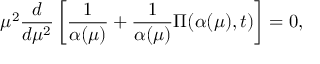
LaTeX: \mu ^ { 2 } \frac { d } { d \mu ^ { 2 } } \left[ \frac { 1 } { \alpha ( \mu ) } + \frac { 1 } { \alpha ( \mu ) } \Pi ( \alpha ( \mu ) , t ) \right] = 0 ,